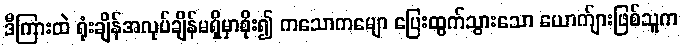
ဒီကြားထဲ ရုံးချိန်အလုပ်ချိန်မရှိမှာစိုး၍ ကသောကမျော ပြေးထွက်သွားသော ယောက်ျားဖြစ်သူက